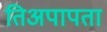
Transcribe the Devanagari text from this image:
तिअपापता